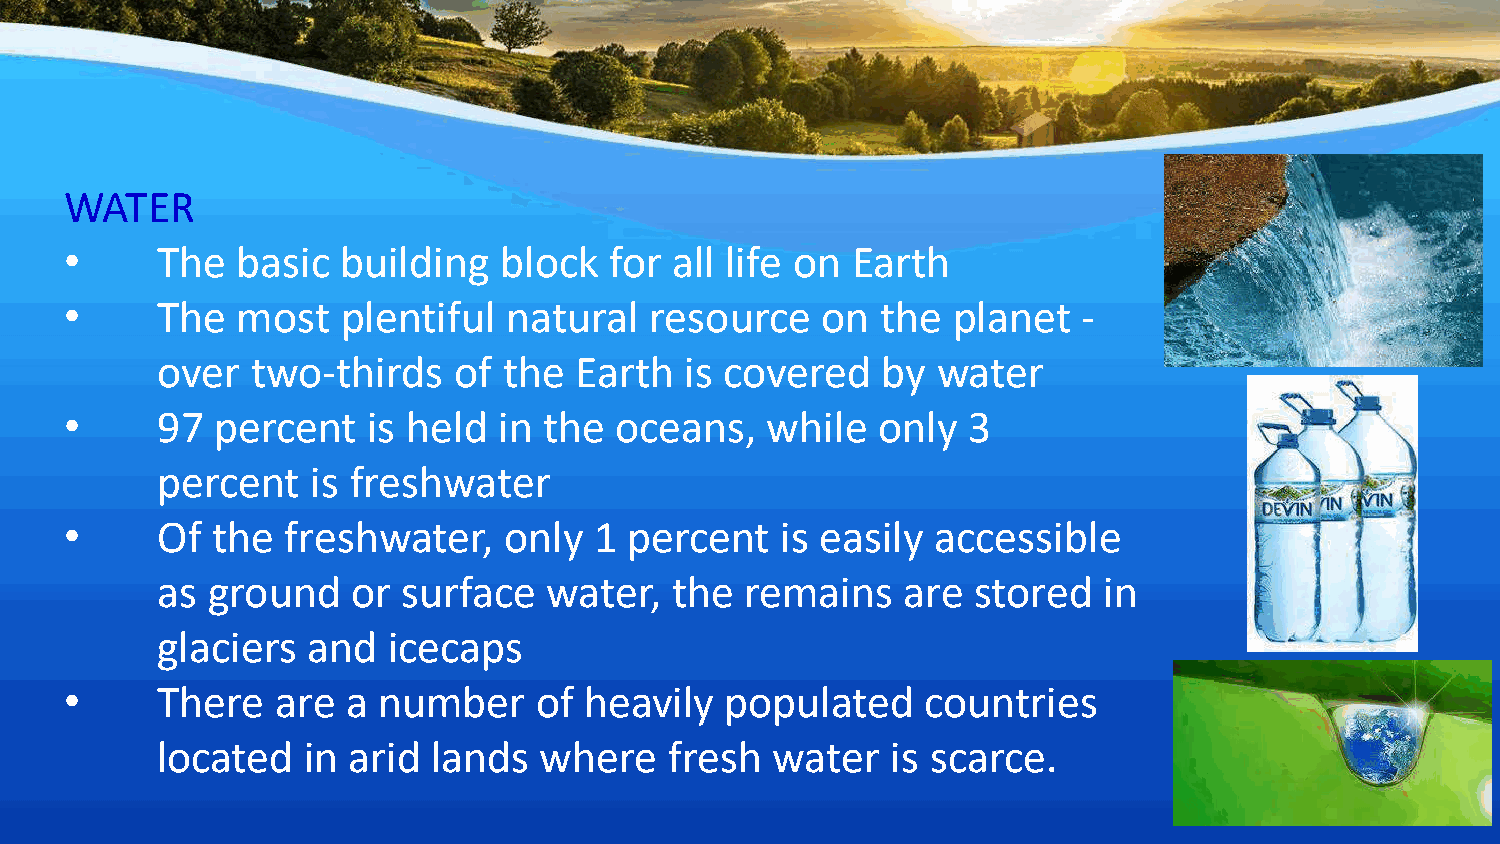
WATER
 •     The   basic  building  block  for  all life on Earth
 •     The   most   plentiful  natural  resource   on  the  planet   -
 over   two-thirds   of the  Earth  is covered   by  water
 •     97  percent   is held  in the  oceans,   while  only  3
 percent    is freshwater
 •     Of  the  freshwater,   only  1  percent   is easily accessible
 as  ground   or  surface  water,   the remains    are  stored  in
 glaciers  and   icecaps
 •     There   are  a number    of  heavily  populated    countries
 located   in arid  lands  where   fresh  water   is scarce.